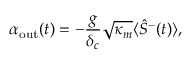
\alpha _ { \mathrm { o u t } } ( t ) = - \frac { g } { \delta _ { c } } \sqrt { \kappa _ { m } } \langle \hat { S } ^ { - } ( t ) \rangle ,